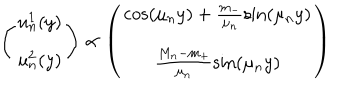
\left( \begin{array} { c } { { u _ { n } ^ { 1 } ( y ) } } \\ { { u _ { n } ^ { 2 } ( y ) } } \\ \end{array} \right) \propto \left( \begin{array} { c } { { \cos \left( \mu _ { n } y \right) + \frac { m _ { - } } { \mu _ { n } } \sin \left( \mu _ { n } y \right) } } \\ { { \frac { M _ { n } - m _ { + } } { \mu _ { n } } \sin \left( \mu _ { n } y \right) } } \\ \end{array} \right)